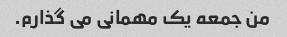
من جمعه یک مهمانی می گذارم.